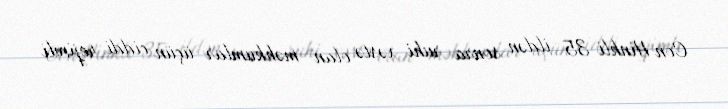
Con Hinkli 35 ildən sonra ruhi xəstə olan məhkumlar üçün ciddi rejimli